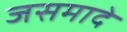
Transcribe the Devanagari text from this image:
जसमादे